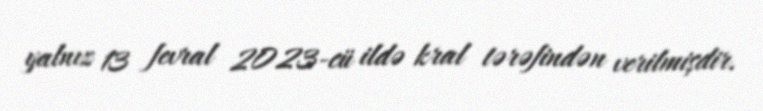
yalnız 13 fevral 2023-cü ildə kral tərəfindən verilmişdir.